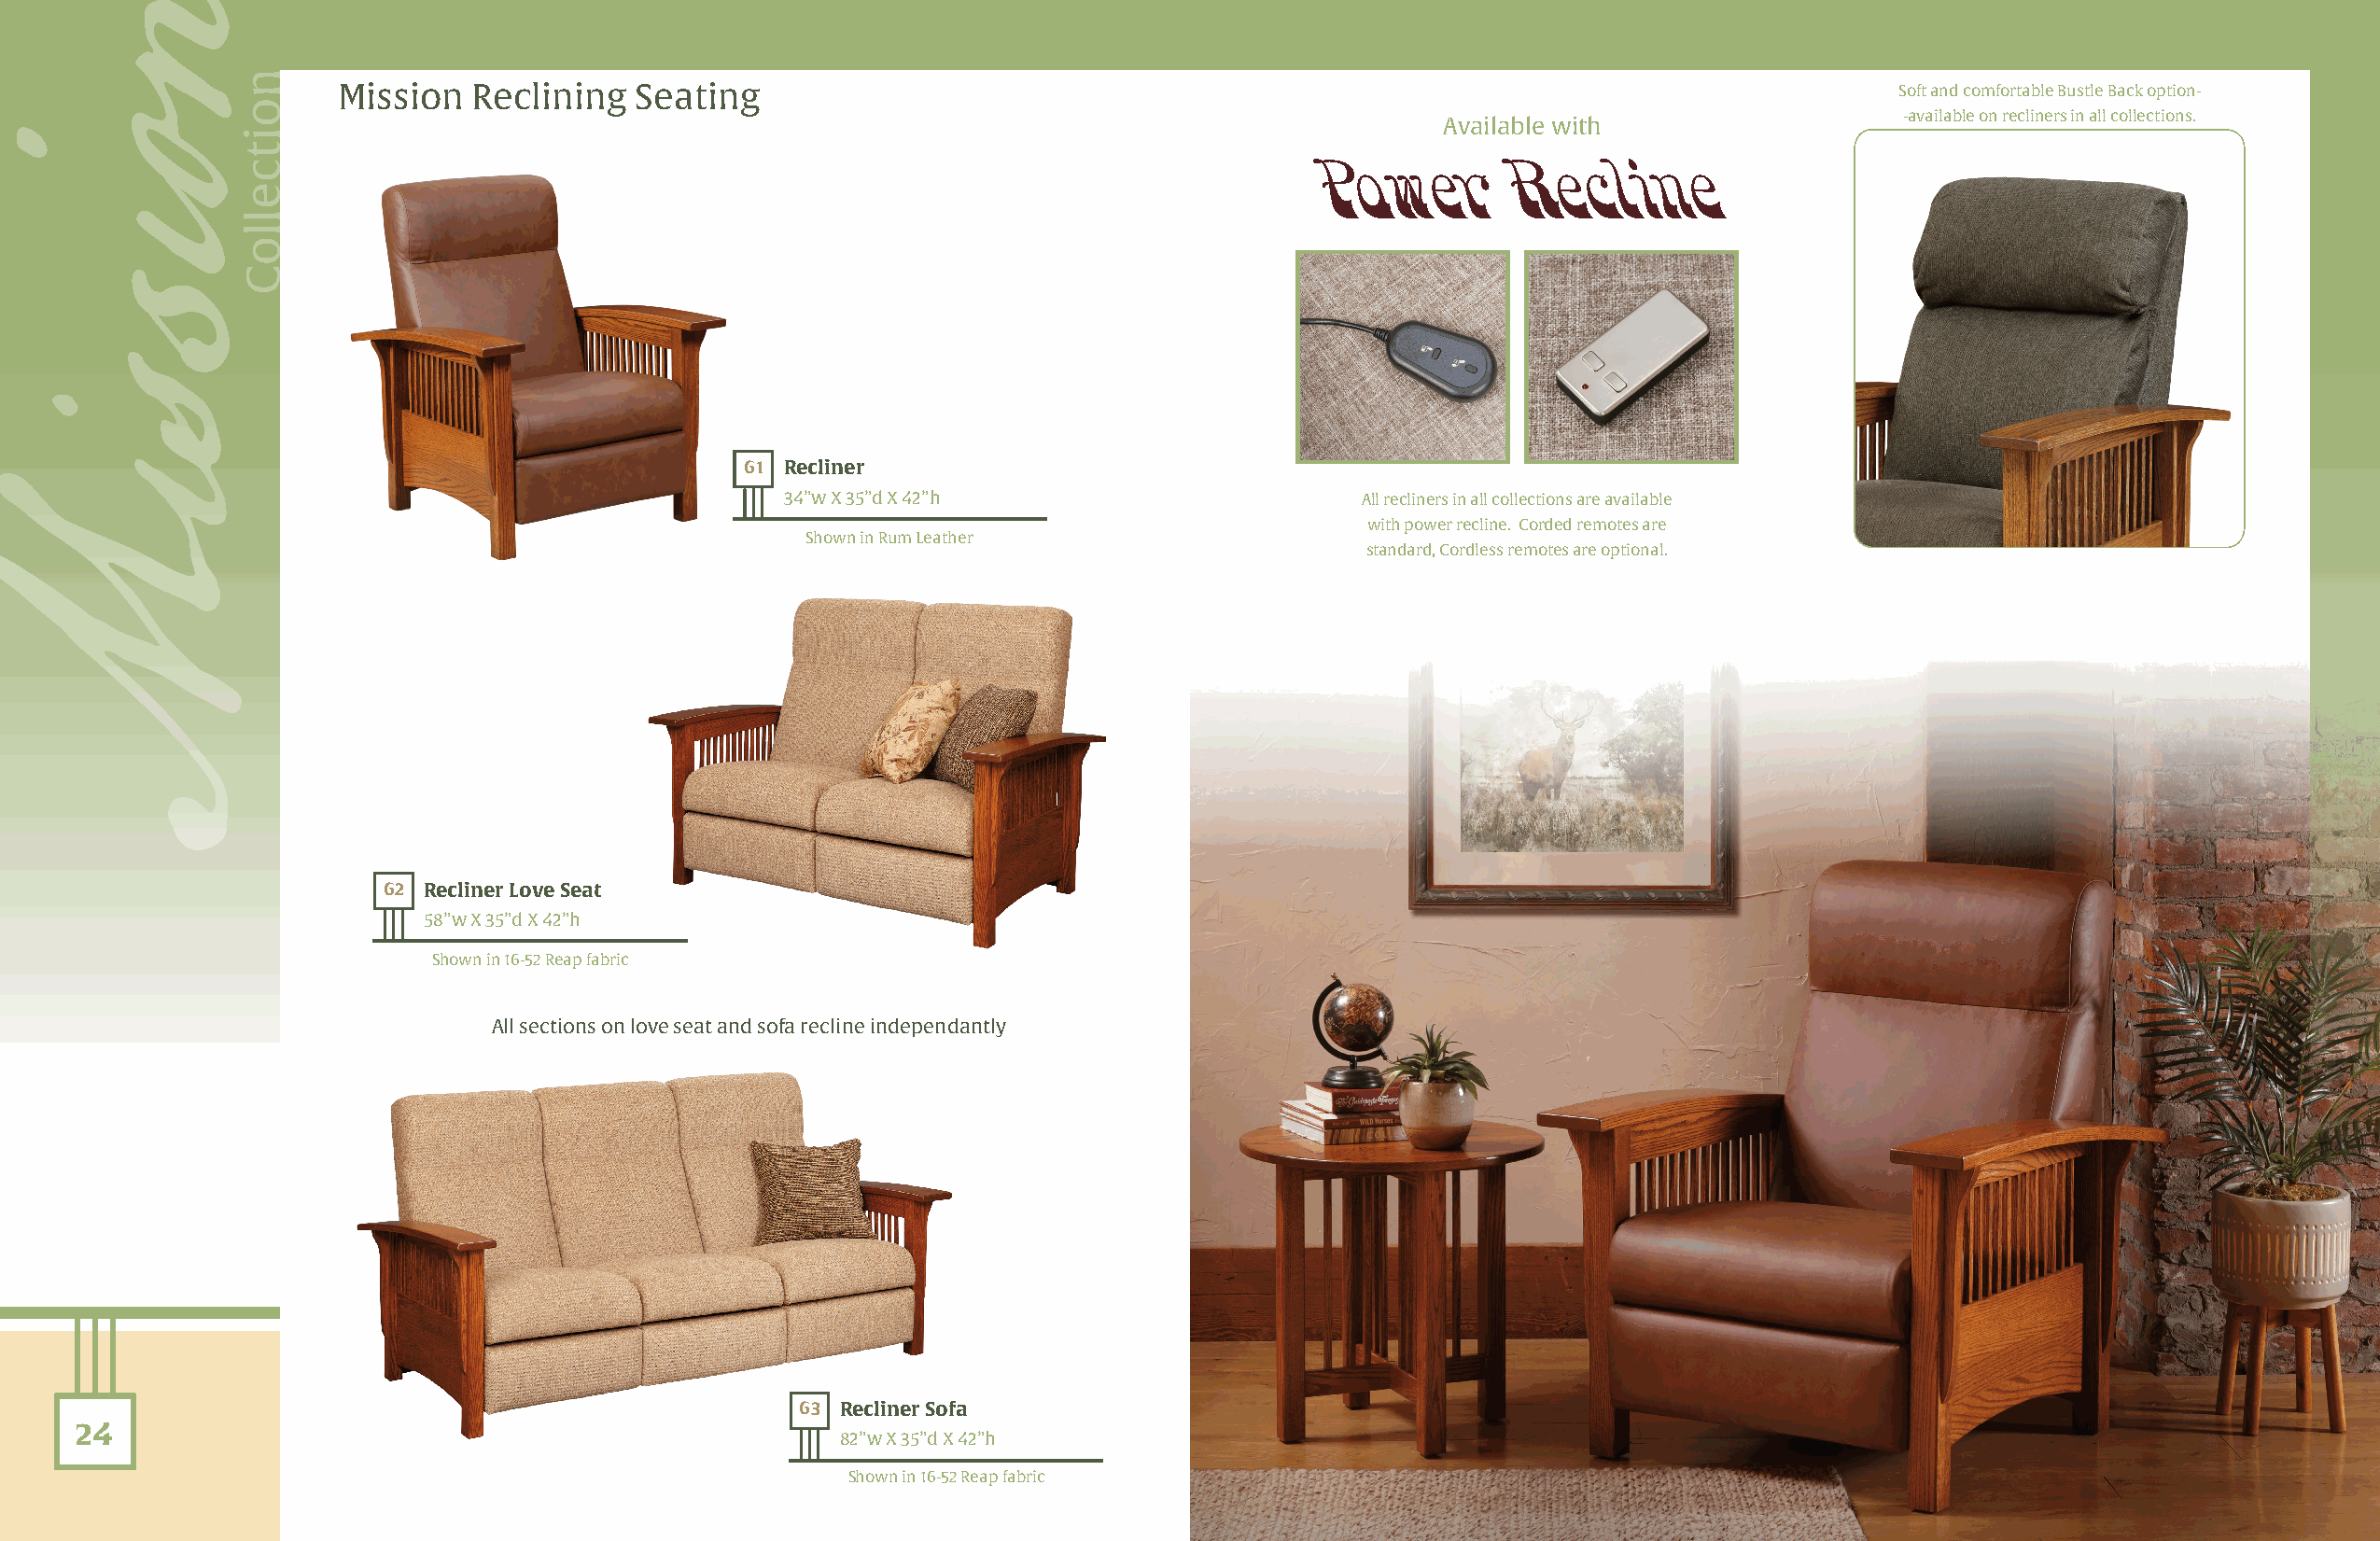
Mission   Reclining  Seating                                                                                   Soft and comfortable Bustle Back option-
 -available on recliners in all collections.
 Available with
 Power        Recline
 61 Recliner
 34”w X 35”d X 42”h                       All recliners in all collections are available
 with power recline. Corded remotes are
 Shown in Rum Leather
 standard, Cordless remotes are optional.
 62 Recliner Love Seat
 58”w X 35”d X 42”h
 Shown in 16-52 Reap fabric
 All sections on love seat and sofa recline independantly
 63 Recliner Sofa
 24
 82”w X 35”d X 42”h
 Shown in 16-52 Reap fabric
 onisisM
 noitcelloC